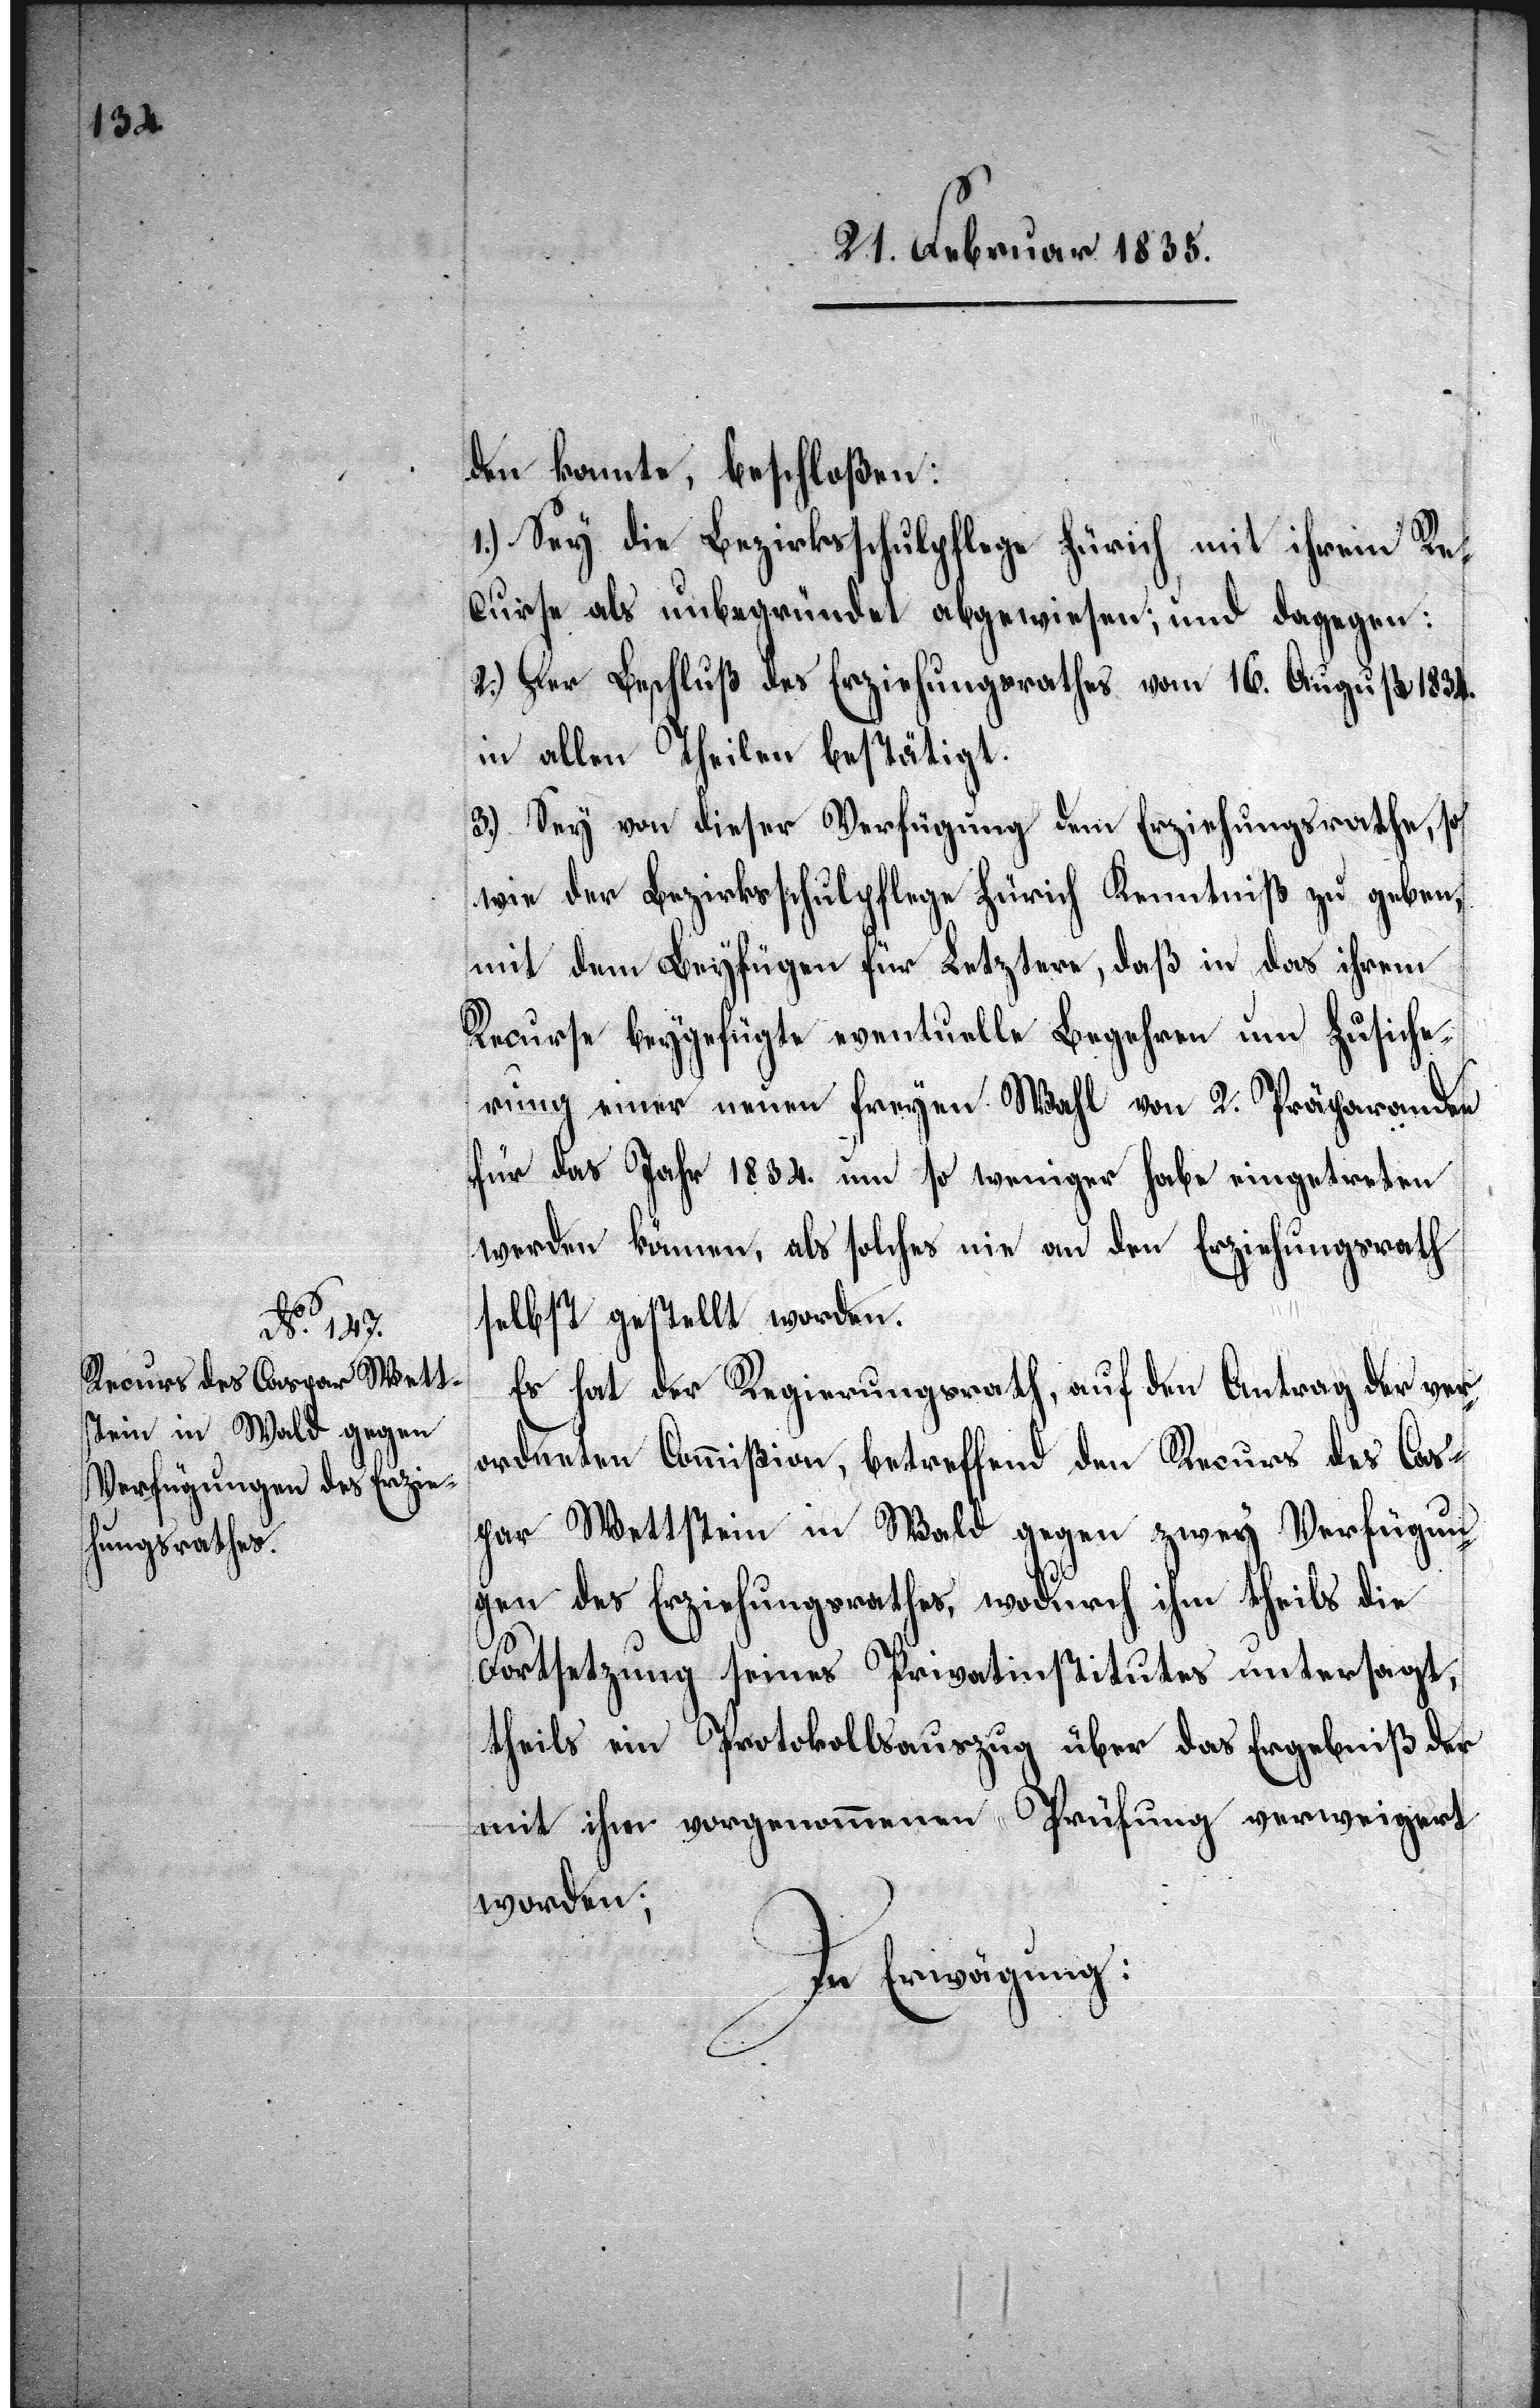
den konnte, beschloßen:
1.) Sey die Bezirksschulpflege Zürich mit ihrem Re¬
curse als unbegründet abgewiesen; und dagegen:
2.) Der Beschluß des Erziehungsrathes vom 16. August 1834.
in allen Theilen bestätigt.
3.) Sey von dieser Verfügung dem Erziehungsrathe, so
wie der Bezirksschulpflege Zürich Kenntniß zu geben,
mit dem Beyfügen für Letztere, daß in das ihrem
Recurse beygefügte eventuelle Begehren um Zusiche¬
rung einer neuen freyen Wahl von 2. Präparanden
für das Jahr 1834. um so weniger habe eingetreten
werden können, als solches nie an den Erziehungsrath
selbst gestellt worden.
Es hat der Regierungsrath, auf den Antrag der ver¬
ordneten Commißion, betreffend den Recurs des Cas¬
par Wettstein in Wald gegen zwey Verfügun¬
gen des Erziehungsrathes, wodurch ihm theils die
Fortsetzung seines Privatinstitutes untersagt,
theils ein Protokollsauszug über das Ergebniß der
mit ihm vorgenommenen Prüfung verweigert
worden;
In Erwägung: